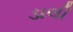
ડાલી